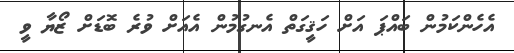
އެހެންކަމުން ބައްޕަ އަށް ހަޤީގަތް އެނގުމުން އެއަށް ވުރެ ބޮޑަށް ޒޯޔާ ވީ